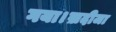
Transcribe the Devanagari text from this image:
गया।ख़दीजा